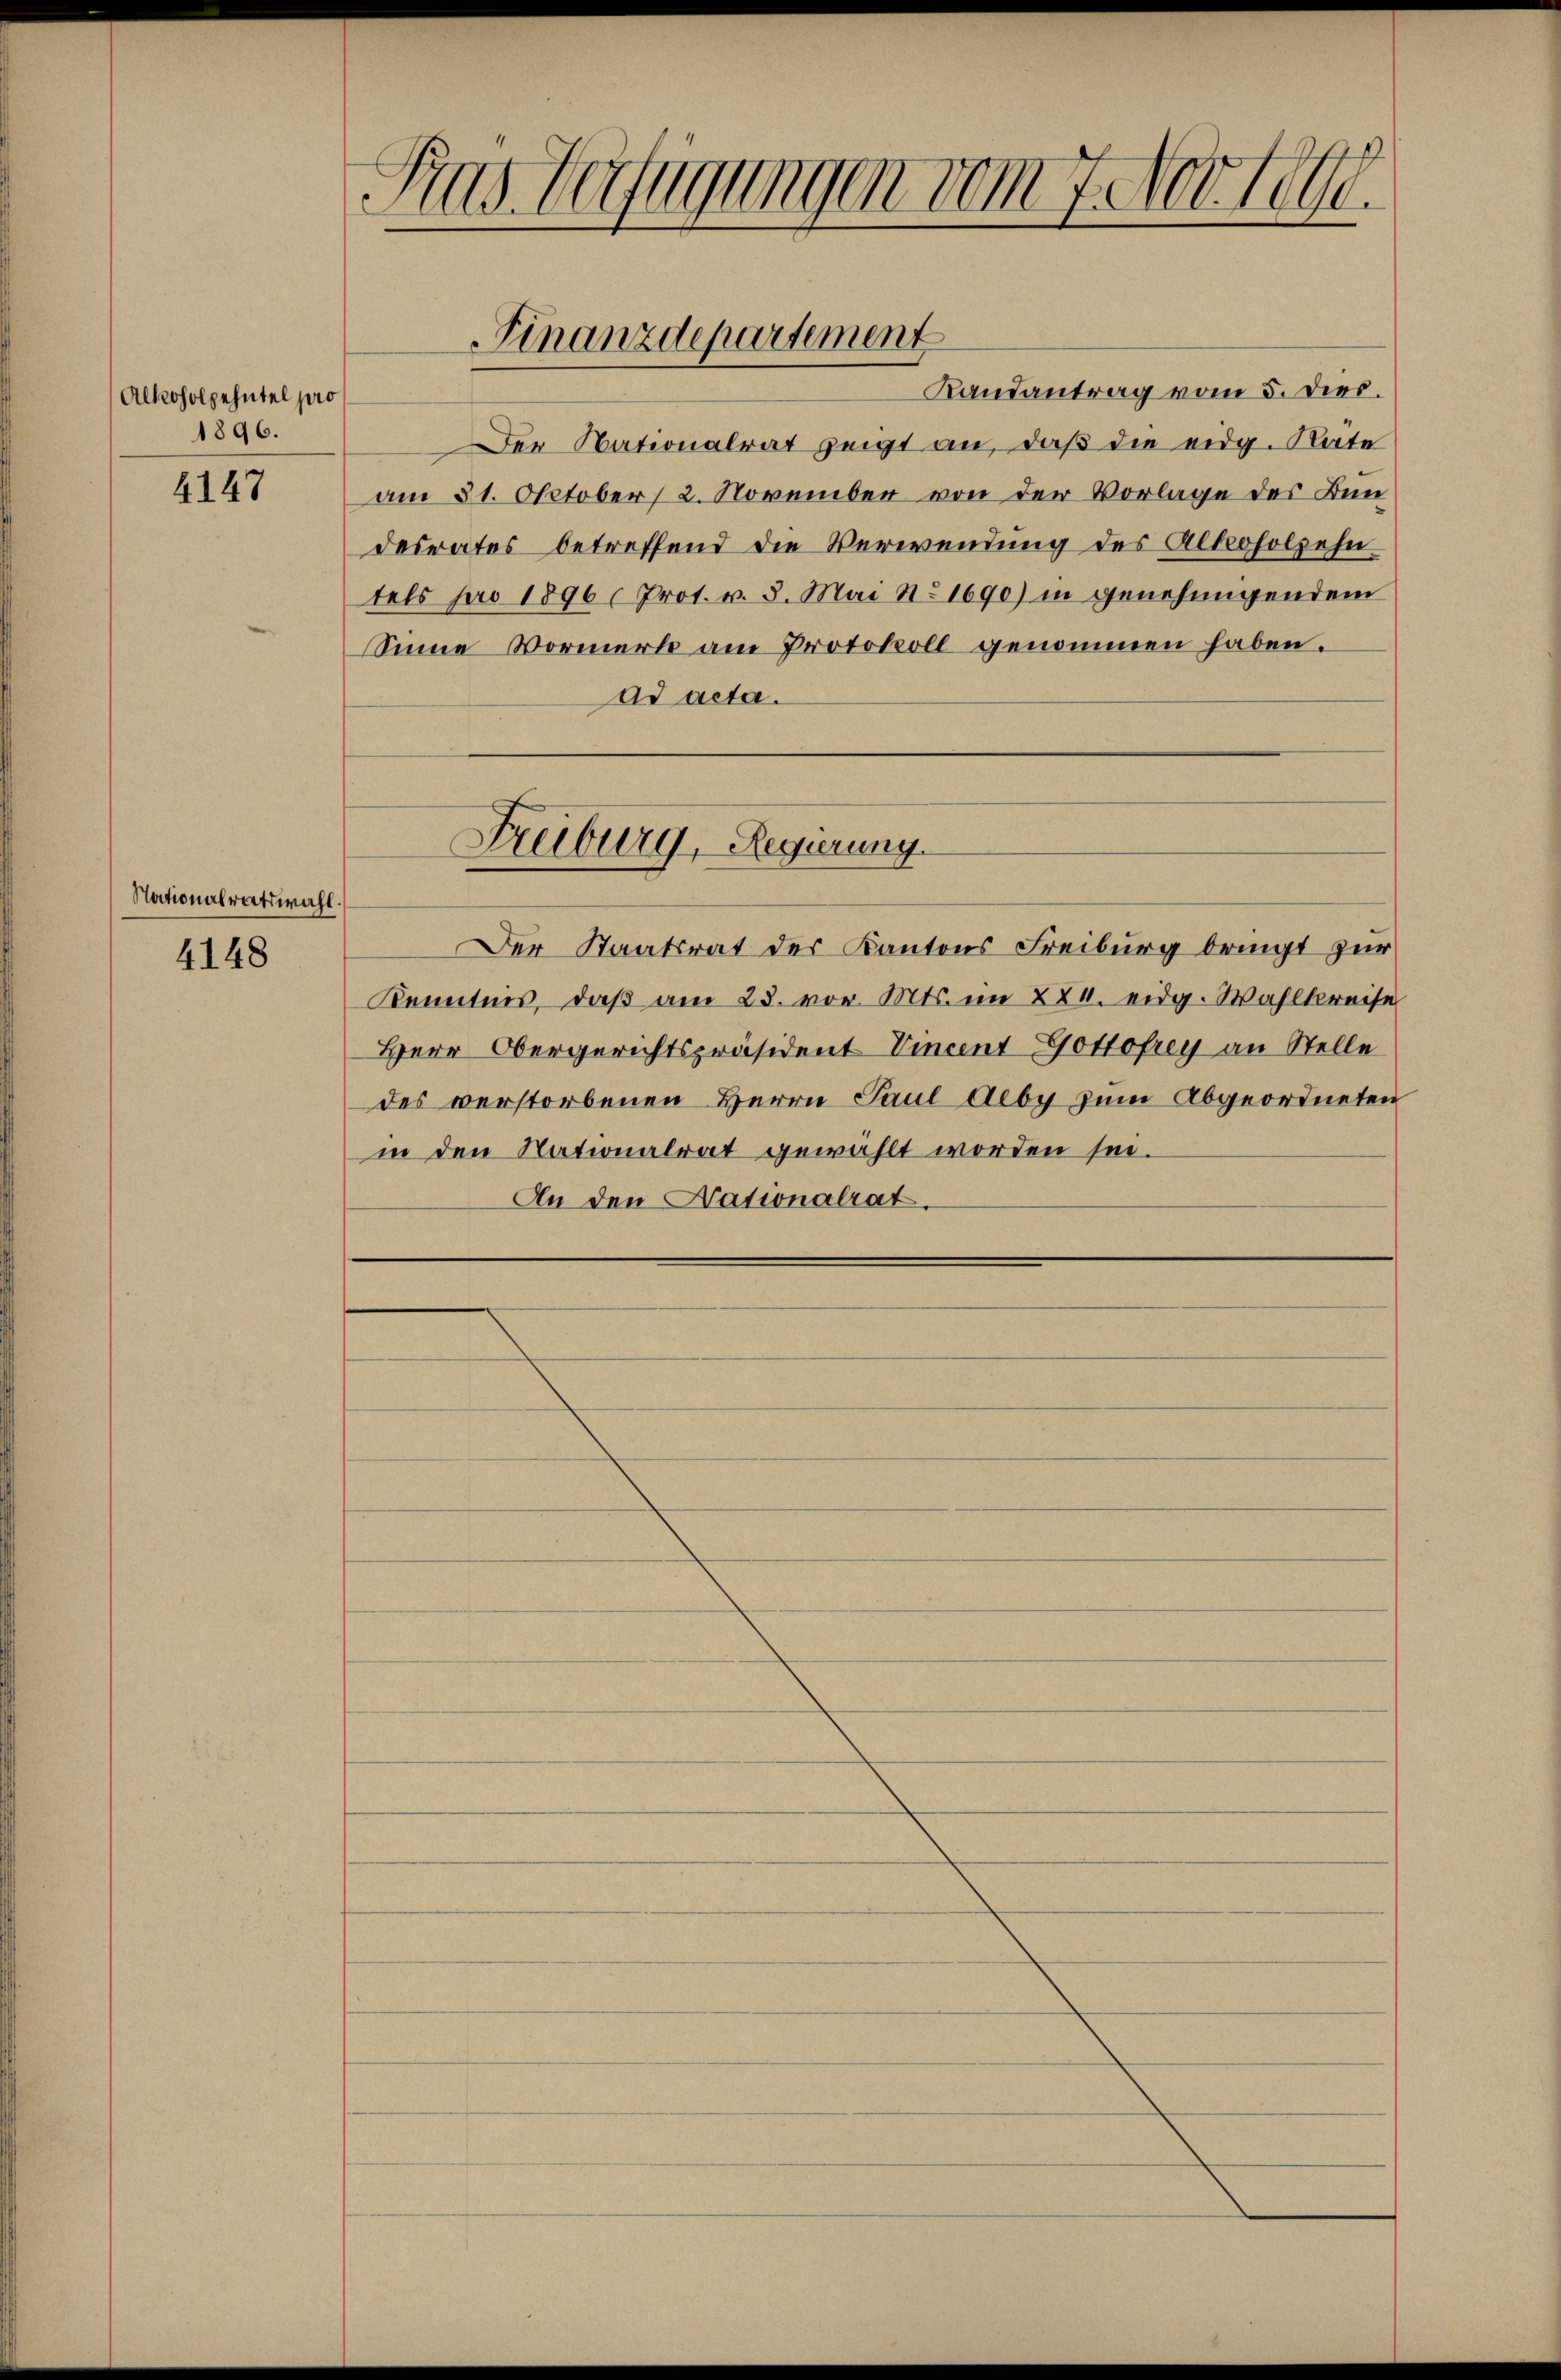
Alkoholzehntel pro
1896.

4147

Nationalratswahl.

4148

Rus Verfügungen vom 7. Nov. 1890.

Randantrag vom 5. dies.
Der Nationalrat zeigt an, daß die eidg. Räte
am 21. October 2. November von der Vorlage des Bundesrates betreffend die Verwendung des Alkoholzehn
tels pro 1896  Prot. v. 8. Mai No 1690) in genehmigendem
Sinne Vormerk am Protokoll genommen haben.
ad acta.
Freiburg, Regierung.
Der Staatsrat der Kantons Freiburg bringt zur
Kenntnis, daß am 23. vor. Mts. im 22. eidg. Wahlkreise
Herr Obergerichtspräsident Vincent Gottofrey an Stelle
des verstorbenen Herrn Paul deby zum Abgeordneten
in den Nationalrat gewählt worden sei.
An den Nationalrat.

Finanzdepartement